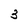
Character: 3